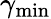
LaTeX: \gamma_{\mathrm{min}}